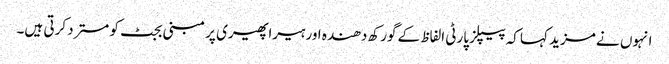
انہوں نے مزید کہا کہ پیپلز پارٹی الفاظ کے گورکھ دھندہ اور ہیراپھیری پر مبنی بجٹ کو مسترد کرتی ہیں۔